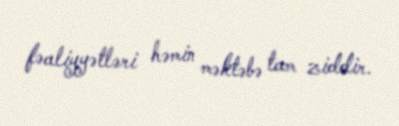
fəaliyyətləri həmin məktəbə tam ziddir.